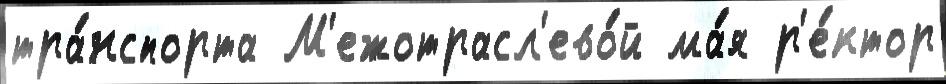
тра́нспорта М'ежотрасл'ево́й ма́я р'е́ктор